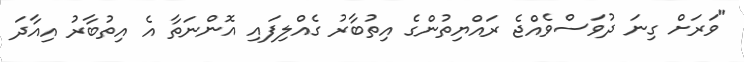
"ވަރަށް ގިނަ ދުވަސްވެއްޖެ ރައްޔިތުންގެ އިތުބާރު ގެއްލިފައި އޮންނަތާ އެ އިތުބާރު އިއާދަ